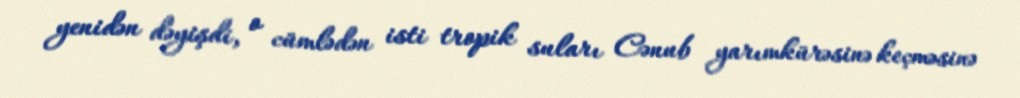
yenidən dəyişdi, o cümlədən isti tropik suları Cənub yarımkürəsinə keçməsinə